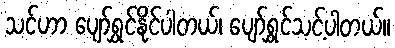
သင်ဟာ ပျော်ရွှင်နိုင်ပါတယ်၊ ပျော်ရွှင်သင့်ပါတယ်။